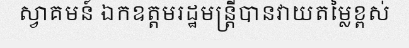
ស្វាគមន៍ ឯកឧត្តមរដ្ឋមន្ត្រីបានវាយតម្លៃខ្ពស់